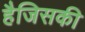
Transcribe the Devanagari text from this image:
हैजिसकी